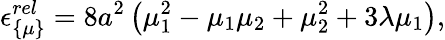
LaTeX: \epsilon_{\{ \mu\} }^{rel}=8a^{2}\left(\mu_{1}^{2}-\mu_{1}\mu_{2}+\mu_{2}^{2}+3\lambda\mu_{1}\right),